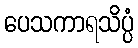
ပေသကာရသိပ္ပံ